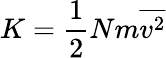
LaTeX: K={\frac{1}{2}}Nm{\overline{{v^{2}}}}